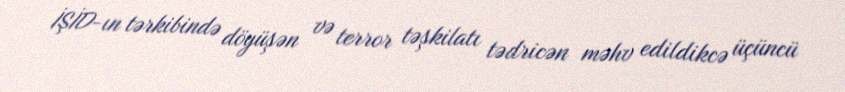
İŞİD-ın tərkibində döyüşən və terror təşkilatı tədricən məhv edildikcə üçüncü